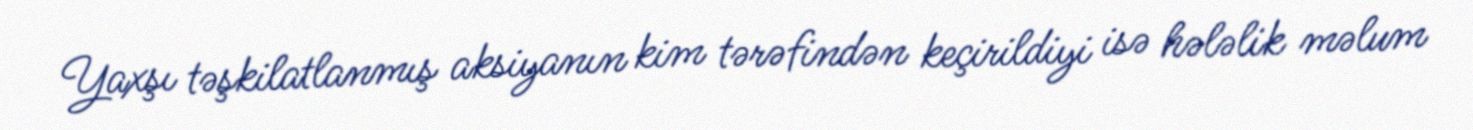
Yaxşı təşkilatlanmış aksiyanın kim tərəfindən keçirildiyi isə hələlik məlum